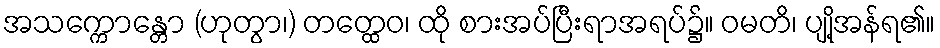
အသက္ကောန္တော (ဟုတွာ၊) တတ္ထေဝ၊ ထို စားအပ်ပြီးရာအရပ်၌။ ဝမတိ၊ ပျို့အန်ရ၏။